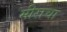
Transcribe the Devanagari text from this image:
मीराचा